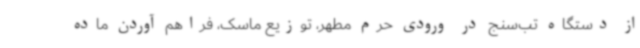
از دستگاه تب‌سنج در ورودی حرم مطهر، توزیع ماسک، فراهم آوردن ماده